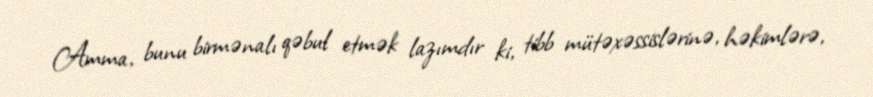
Amma, bunu birmənalı qəbul etmək lazımdır ki, tibb mütəxəssislərinə, həkimlərə,